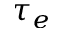
\tau _ { e }